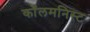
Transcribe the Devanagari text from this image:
कॉलमनिस्ट